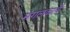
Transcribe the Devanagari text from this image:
मंगलकार्ये